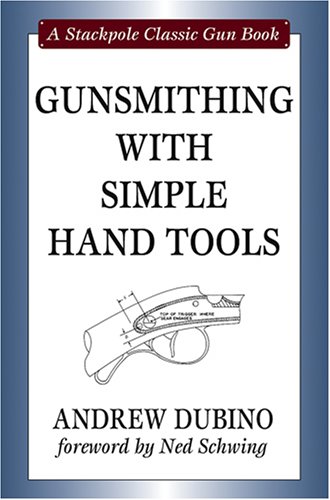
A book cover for Gunsmithing with Simple Hand Tools (Stackpole Classic Gun Books); Andrew Dubino; Crafts, Hobbies & Home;